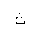
Letter: _tha